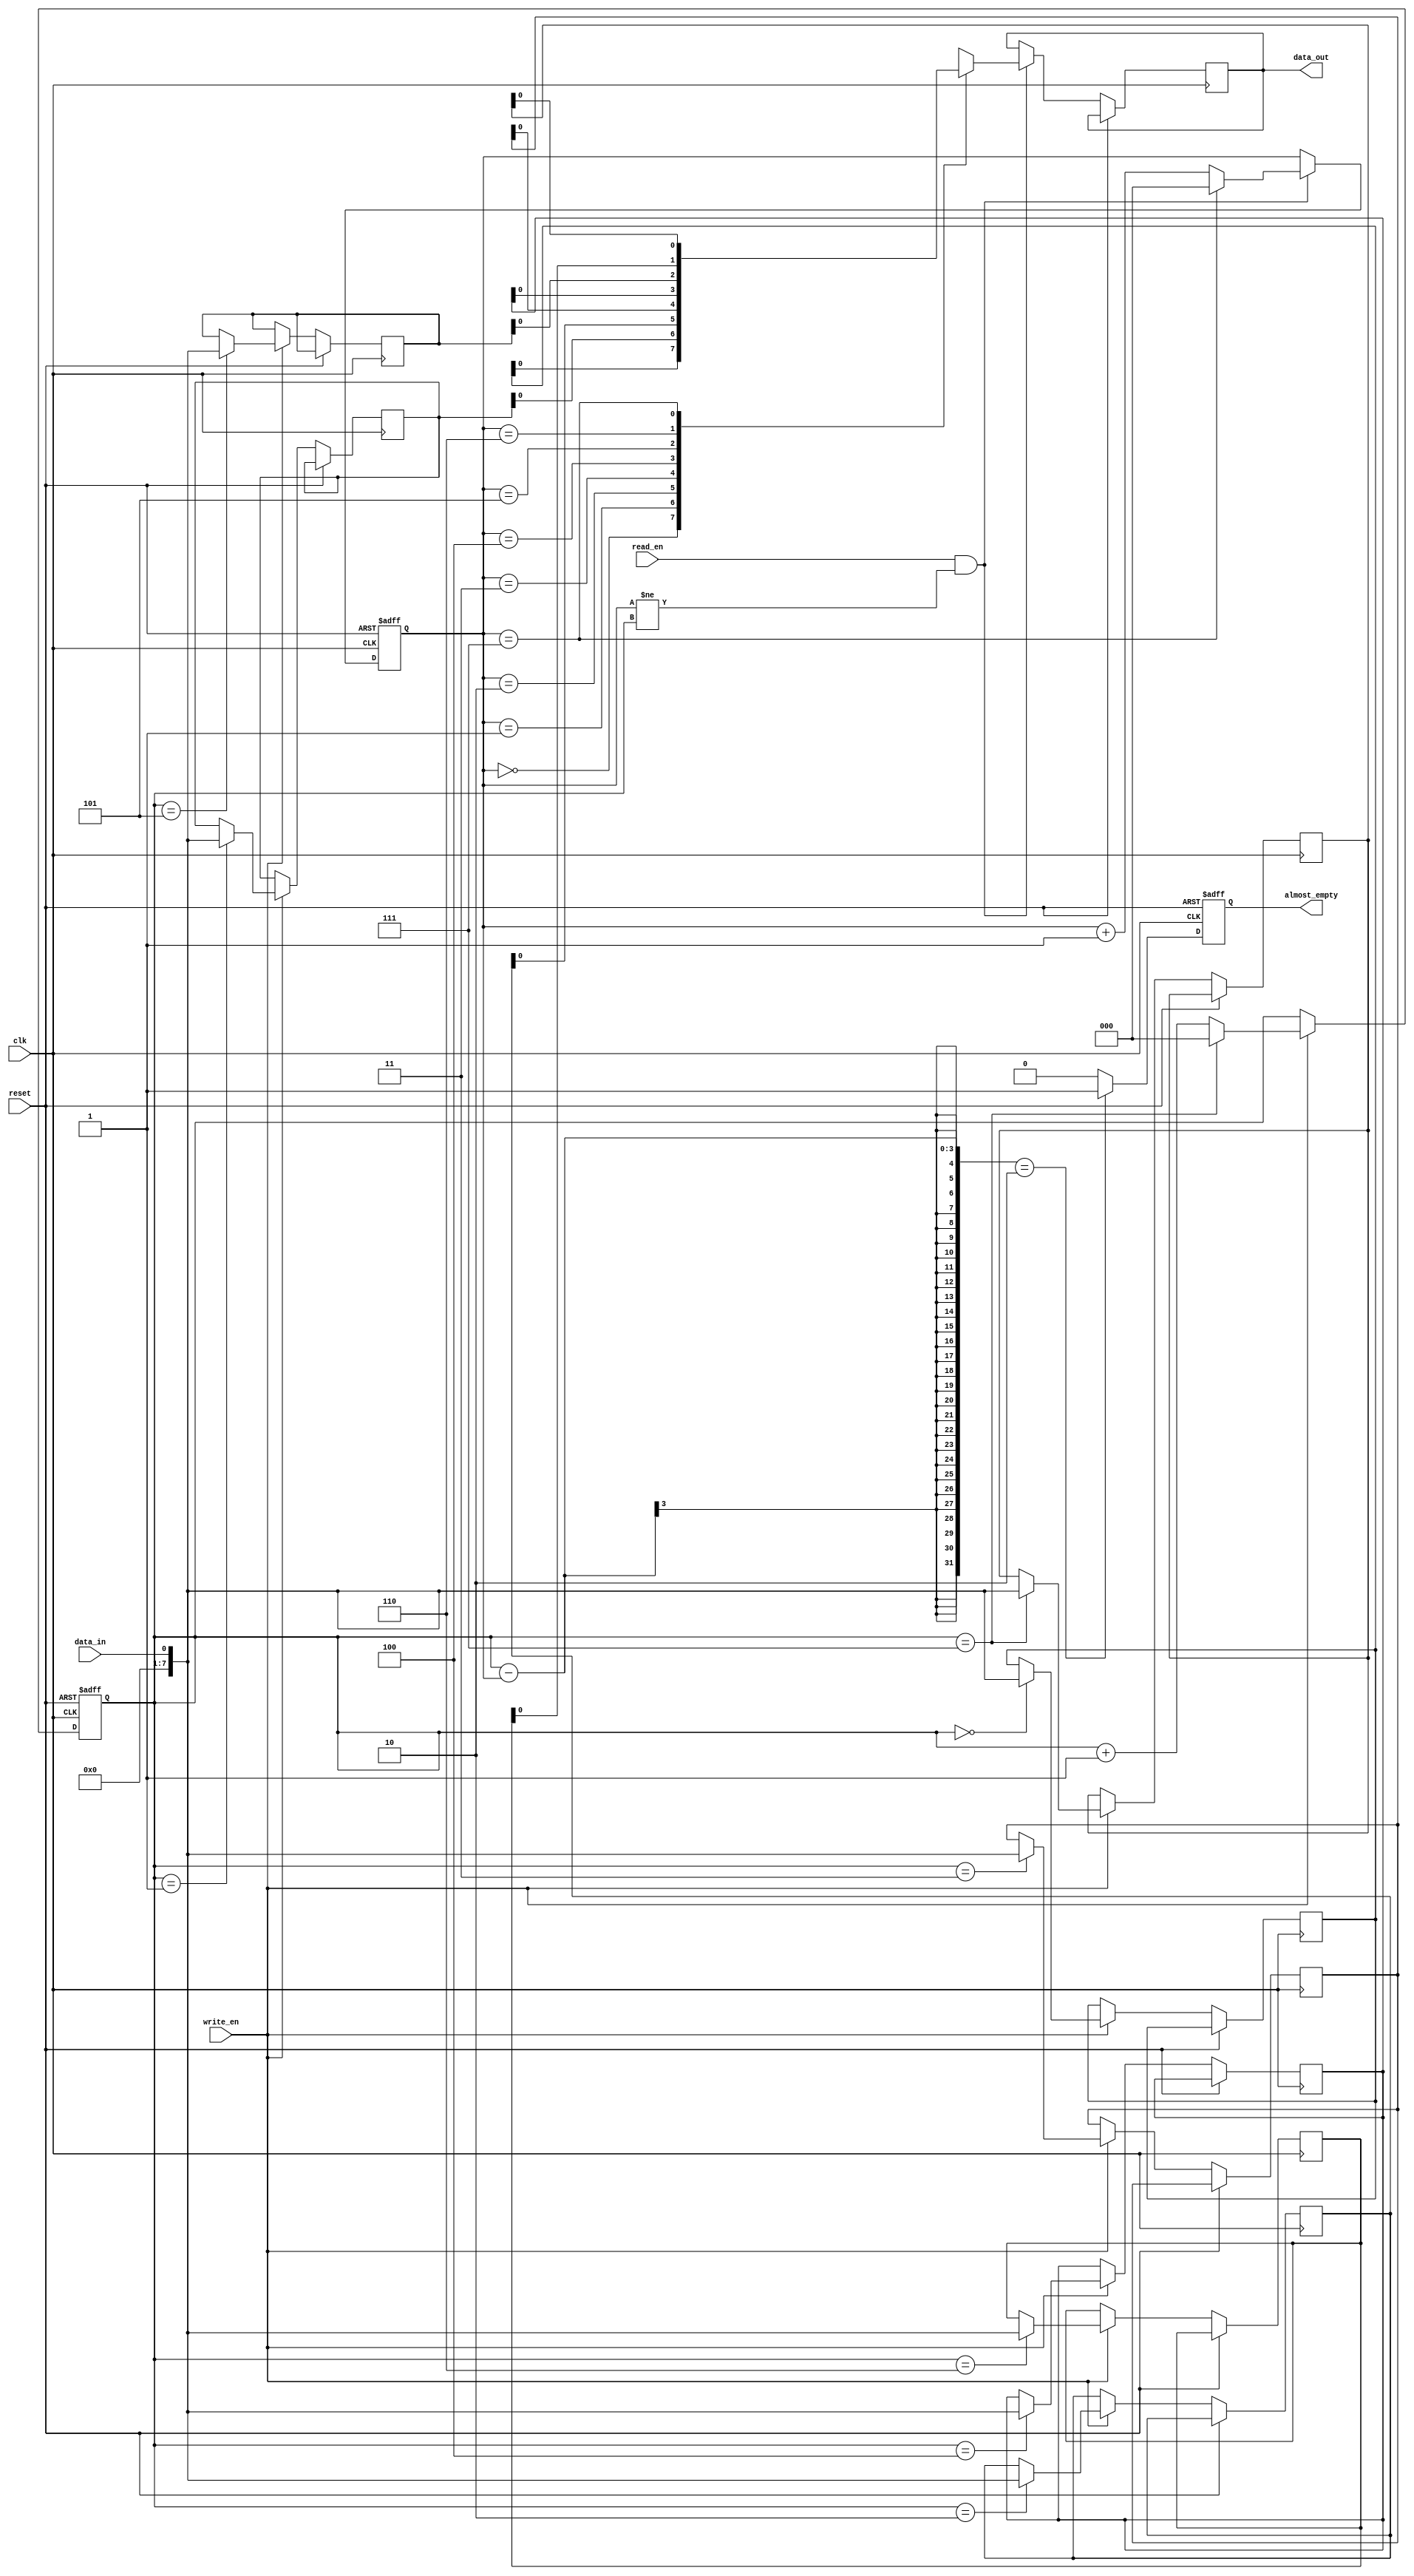
module almost_empty_fifo (
    input wire clk,             // Clock signal
    input wire reset,           // Reset signal
    input wire write_en,        // Write enable signal
    input wire read_en,         // Read enable signal
    input wire data_in,         // Data input
	output wire data_out,       // Data output
	output reg almost_empty     // Almost-empty status indication
);
    
parameter FIFOSIZE = 8;        // Size of the FIFO buffer
parameter THRESHOLD = 2;       // Threshold for almost-empty status indication

reg [7:0] buffer [0:FIFOSIZE-1]; // Data buffer
reg [2:0] write_ptr;           // Write pointer
reg [2:0] read_ptr;            // Read pointer

always @(posedge clk or posedge reset) begin
    if (reset) begin
        write_ptr <= 3'b000;
        read_ptr <= 3'b000;
        almost_empty <= 1'b0;
    end else begin
        if (write_en) begin
            buffer[write_ptr] <= data_in;
            write_ptr <= write_ptr + 1;
            if (write_ptr == FIFOSIZE - 1) begin
                write_ptr <= 3'b000;
            end
        end
        
        if (read_en && read_ptr != write_ptr) begin
            data_out <= buffer[read_ptr];
            read_ptr <= read_ptr + 1;
            if (read_ptr == FIFOSIZE - 1) begin
                read_ptr <= 3'b000;
            end
        end
        
        if ((write_ptr - read_ptr) == THRESHOLD) begin
            almost_empty <= 1'b1;
        end else begin
            almost_empty <= 1'b0;
        end
    end
end

endmodule